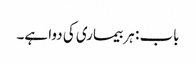
باب : ہر بیماری کی دوا ہے۔